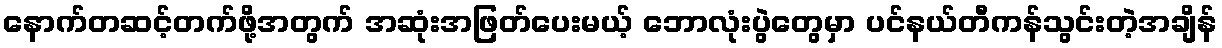
နောက်တဆင့်တက်ဖို့အတွက် အဆုံးအဖြတ်ပေးမယ့် ဘောလုံးပွဲတွေမှာ ပင်နယ်တီကန်သွင်းတဲ့အချိန်